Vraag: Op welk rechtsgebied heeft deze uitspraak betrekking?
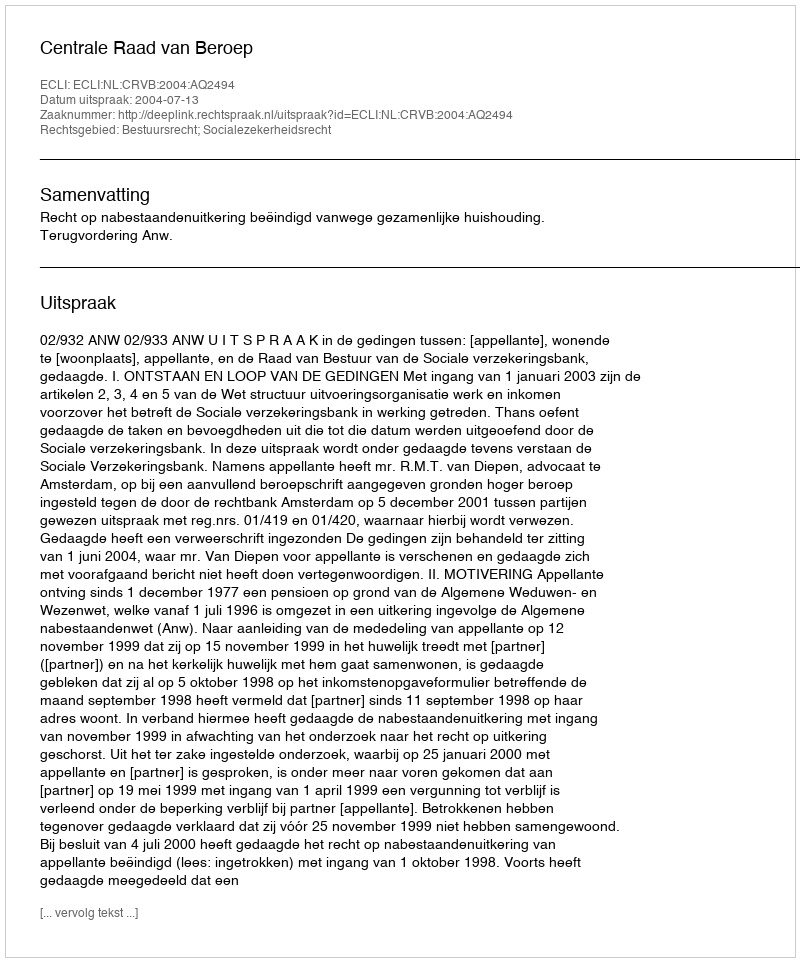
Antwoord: Bestuursrecht; Socialezekerheidsrecht